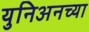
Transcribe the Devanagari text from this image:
युनिअनच्या